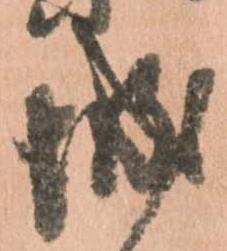
城